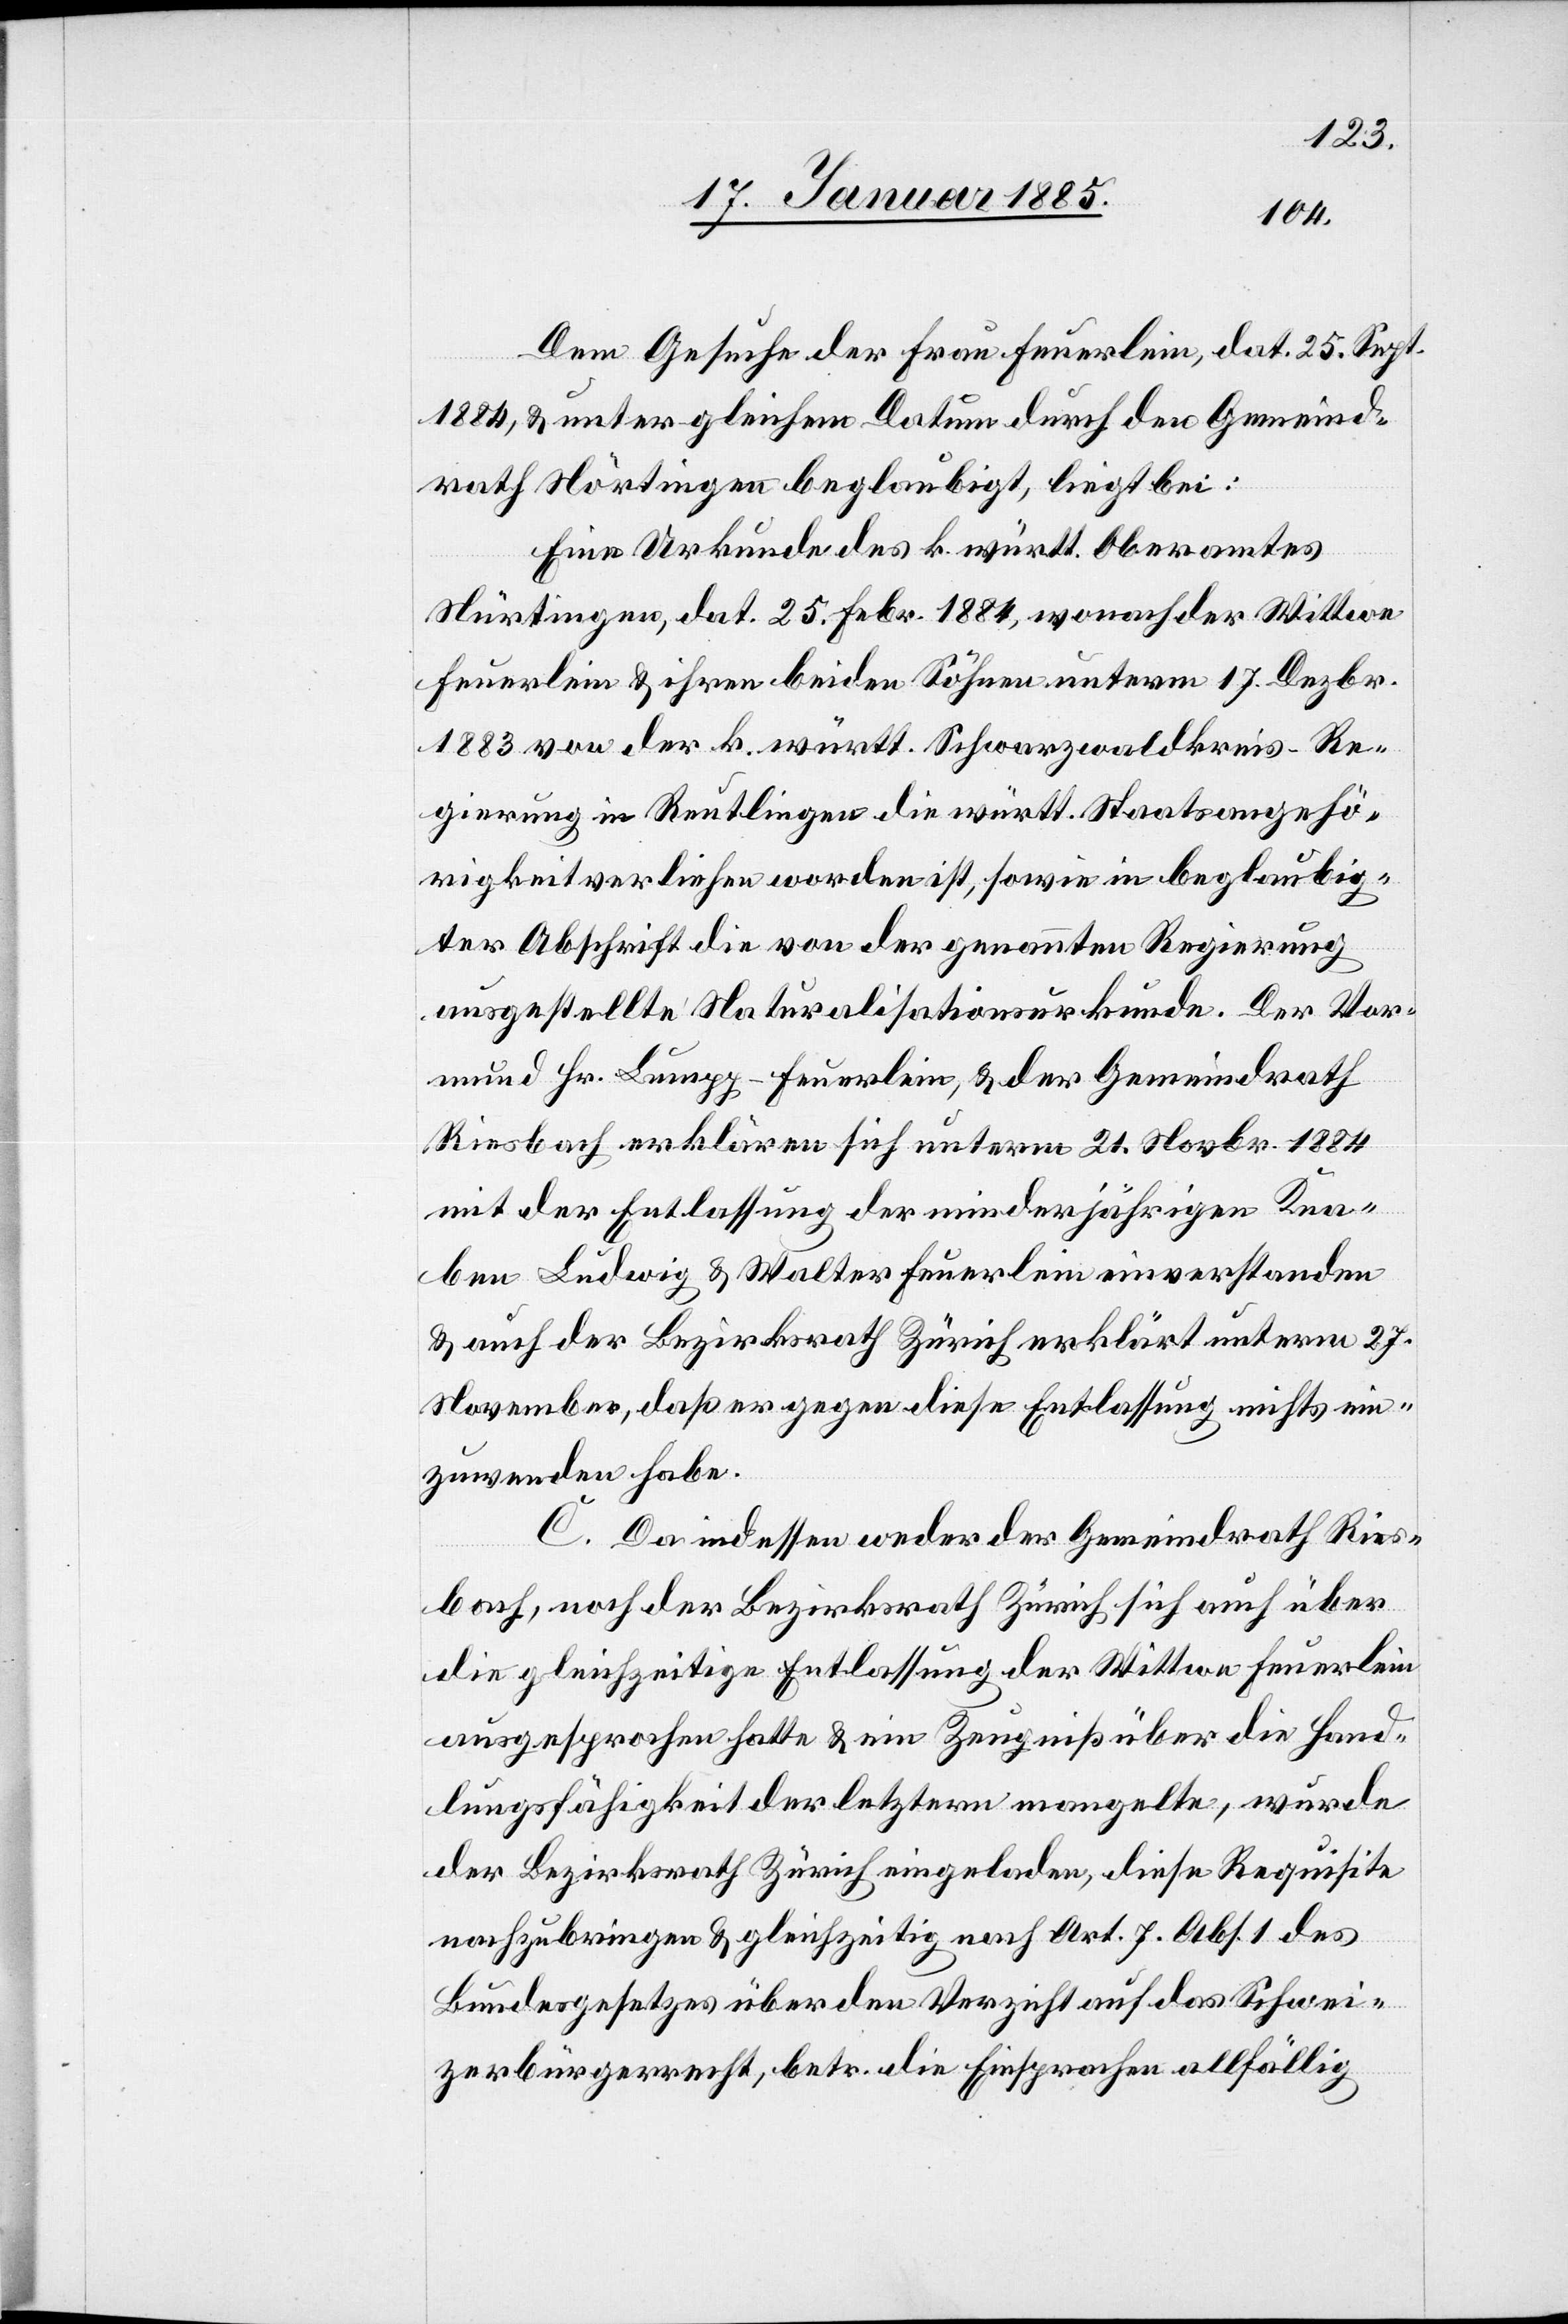
Dem Gesuche der Frau Feuerlein, dat. 25. Sept.
1884, & unter gleichem Datum durch den Gemeind¬
rath Nörtingen [sic!] beglaubigt, liegt bei:
Eine Urkunde des k. württ. Oberamtes
Nürtingen, dat. 25. Febr. 1884, wonach der Wittwe
Feuerlein & ihren beiden Söhnen unterm 17. Dezbr.
1883 von der k. württ. Schwarzwaldreis-Re¬
gierung in Reutlingen die württ. Staatsangehö¬
rigkeit verliehen worden ist, sowie in beglaubig¬
ter Abschrift die von der genannten Regierung
ausgestellte Naturalisationsurkunde. Der Vor¬
mund Hr. Lumpp-Feuerlein, & der Gemeindrath
Riesbach erklären sich unterm 21. Novbr. 1884
mit der Entlassung der minderjährigen Kna¬
ben Ludwig & Walter Feuerlein einverstanden
& auch der Bezirksrath Zürich erklärt unterm 27.
November, daß er gegen diese Entlassung nichts ein¬
zuwenden habe.
C. Da indessen weder der Gemeindrath Ries¬
bach, noch der Bezirksrath Zürich sich auch über
die gleichzeitige Entlassung der Wittwe Feuerlein
ausgesprochen hatte & ein Zeugniß über die Hand¬
lungsfähigkeit der letztern mangelte, wurde
der Bezirksrath Zürich eingeladen, diese Requisite
nachzubringen & gleichzeitig nach Art. 7. Abs. 1 des
Bundesgesetzes über den Verzicht auf das Schwei¬
zerbürgerrecht, betr. die Einsprachen allfällig